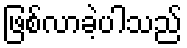
ဖြစ်လာခဲ့ပါသည်